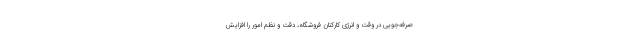
صرفه‌جویی در وقت و انرژی کارکنان فروشگاه، دقت و نظم امور را افزایش